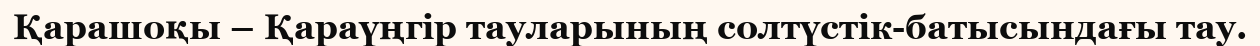
Қарашоқы – Қараүңгір тауларының солтүстік-батысындағы тау.